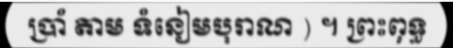
ប្រាំ តាម ទំនៀមបុរាណ ) ។ ព្រះពុទ្ធ